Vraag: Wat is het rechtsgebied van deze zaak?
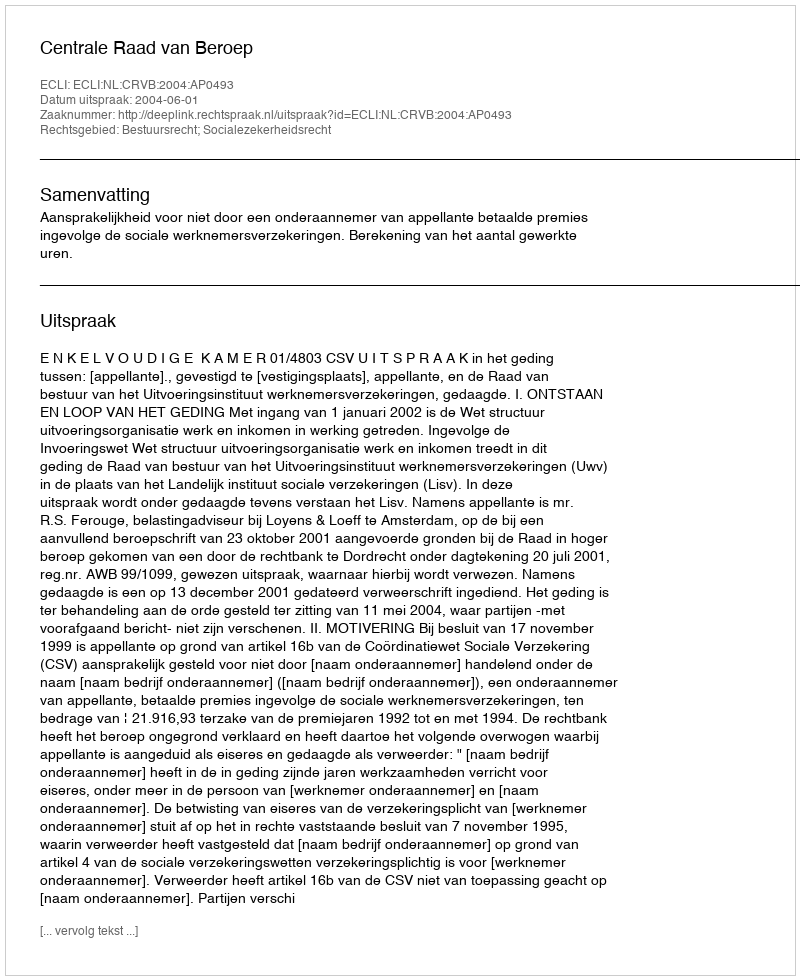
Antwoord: Bestuursrecht; Socialezekerheidsrecht